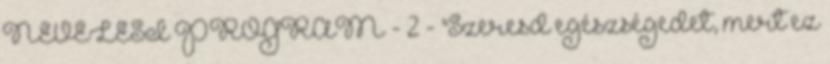
NEVELÉSI PROGRAM - 2 - "Szeresd egészségedet, mert ez